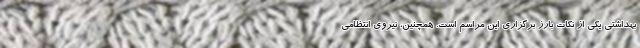
بهداشتی یکی از نکات بارز برگزاری این مراسم است. همچنین، نیروی انتظامی